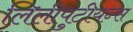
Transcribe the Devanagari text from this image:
लिलीपुटीयन्स